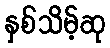
နှစ်သိမ့်ဆု